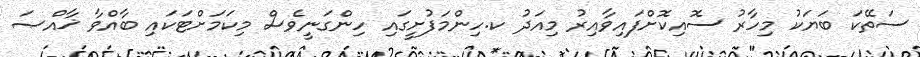
ސަތޭކަ ބަޔަކު މިހާރު ސޮއިކޮށްފައިވާއިރު މިއަދު ކ.ހިންމަފުށީގައި ހިންގަނީވެސް މިކަމަށްޓަކައި ބާއްވާ ޚާއްޞަ